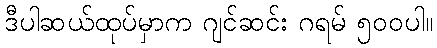
ဒီပါဆယ်ထုပ်မှာက ဂျင်ဆင်း ဂရမ် ၅၀၀ပါ။